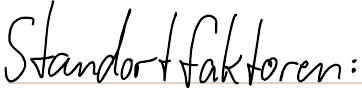
Standortfaktoren: